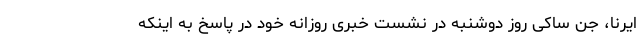
ایرنا، جن ساکی روز دوشنبه در نشست خبری روزانه خود در پاسخ به اینکه